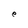
Character: e